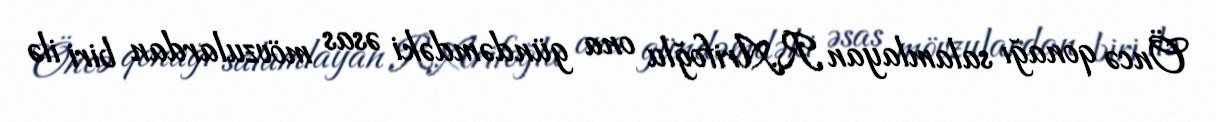
Öncə qonağı salamlayan R.Arifoğlu ona gündəmdəki əsas mövzulardan biri ilə